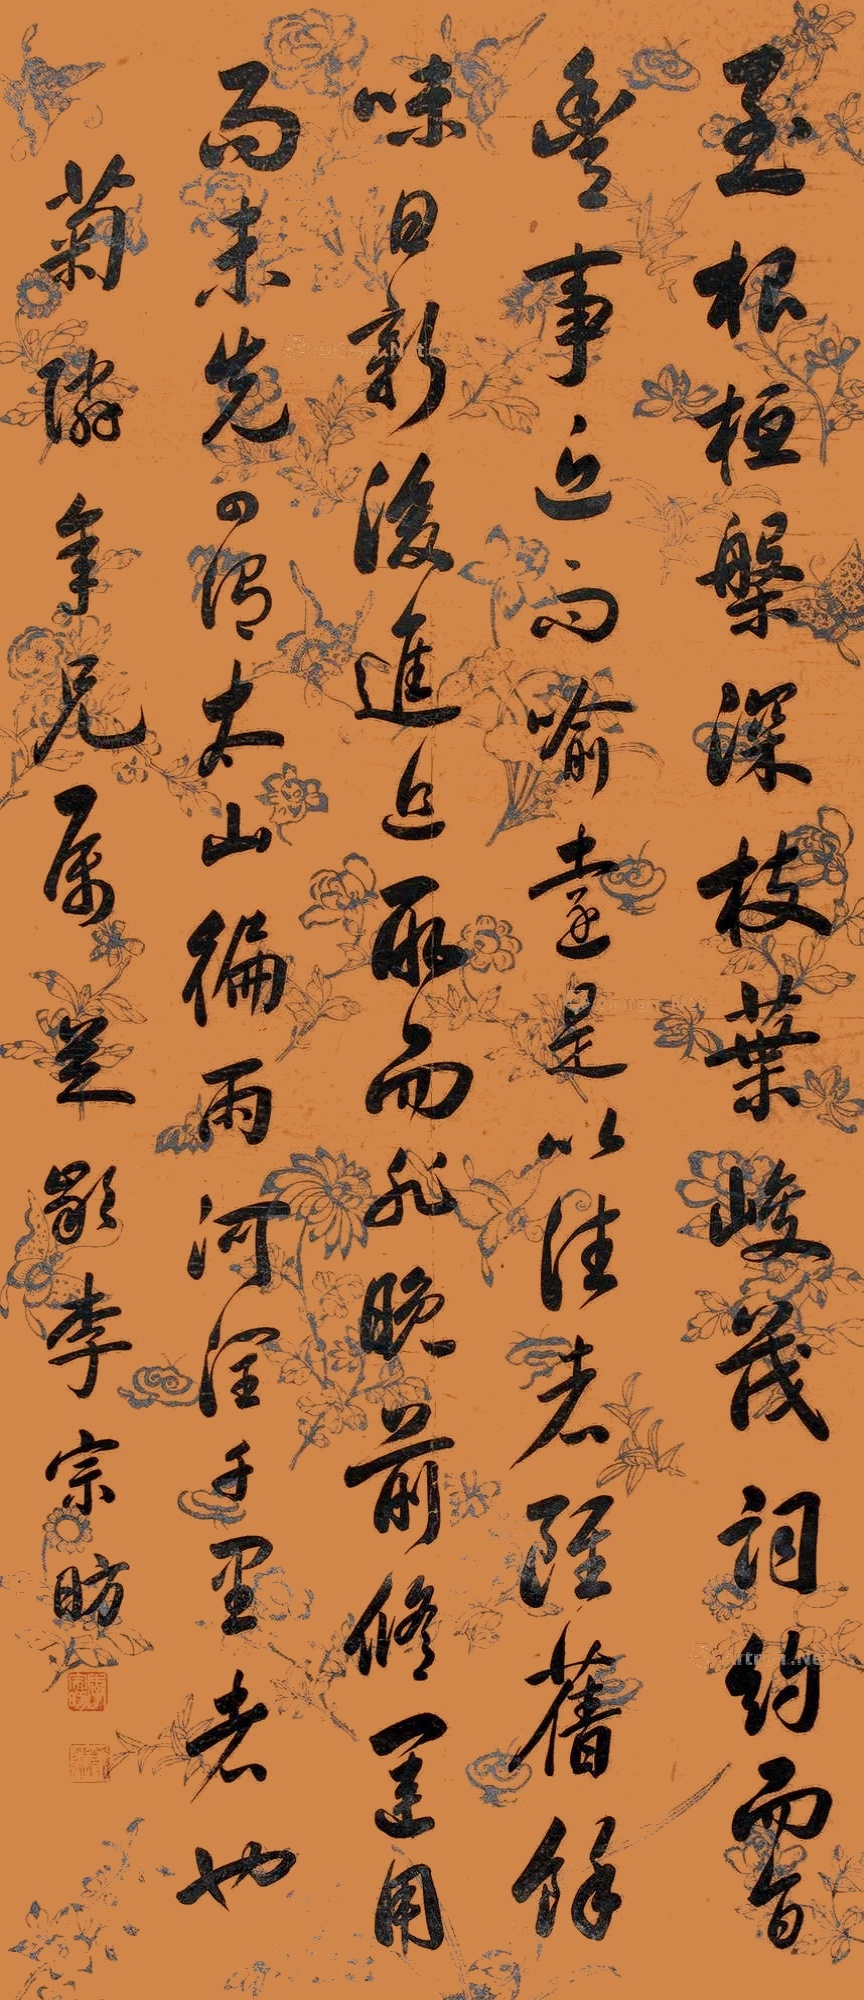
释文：至根柢盘深，枝叶峻茂，辞约而旨丰，事近而喻远。是以往者虽旧，馀味日新。后进追取而非晚，前修久用而未先，可谓太山遍雨，河润千里者也。菊囗年兄属，芝龄李宗昉。